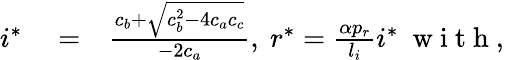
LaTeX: \begin{array}{rlr}{i^{*}}&{{}=}&{\frac{c_{b}+\sqrt{c_{b}^{2}-4c_{a}c_{c}}}{-2c_{a}},\ r^{*}=\frac{\alpha p_{r}}{l_{i}}i^{*}\mathrm{~\normalsize~w~i~t~h~,~}}\end{array}